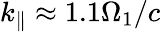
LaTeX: k_{\parallel}\approx 1.1\Omega_{1}/c